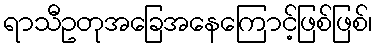
ရာသီဥတုအခြေအနေကြောင့်ဖြစ်ဖြစ်၊